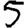
Digit: 5